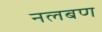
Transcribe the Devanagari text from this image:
नलबण